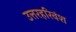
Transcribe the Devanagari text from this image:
उत्तरहरिवंश